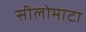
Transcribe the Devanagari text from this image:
सीलोमाटा